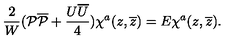
\frac { 2 } { W } ( { \cal P } { \overline { { \cal P } } } + \frac { U \overline { { U } } } { 4 } ) \chi ^ { a } ( z , \overline { { z } } ) = E \chi ^ { a } ( z , \overline { { z } } ) .